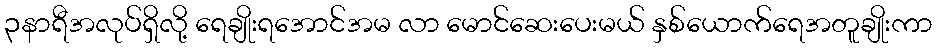
၃နာရီအလုပ်ရှိလို့ ရေချိုးရအောင်အမ လာ မောင်ဆေးပေးမယ် နှစ်ယောက်ရေအတူချိုးကာ